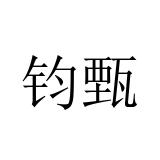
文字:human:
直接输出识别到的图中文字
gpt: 钧甄